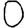
Digit: 0